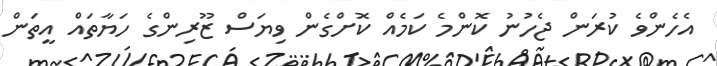
އެހެންވެ ކުރަން ޖެހުނު ކޮންމެ ކަމެއް ކޮށްގެން ވިޔަސް ޒޫރިންގެ ހަޔާތައް އީތަން